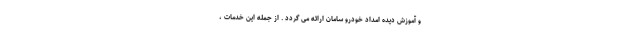
و آموزش دیده امداد خودرو سامان ارائه می گردد . از جمله این خدمات ،